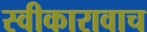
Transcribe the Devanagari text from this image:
स्वीकारावाच